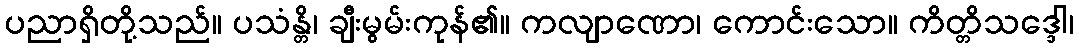
ပညာရှိတို့သည်။ ပသံန္တိ၊ ချီးမွမ်းကုန်၏။ ကလျာဏော၊ ကောင်းသော။ ကိတ္တိသဒ္ဒေါ၊